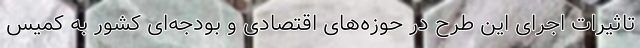
تاثیرات اجرای این طرح در حوزه‌های اقتصادی و بودجه‌ای کشور به کمیس